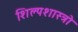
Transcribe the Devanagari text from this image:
शिल्पशास्त्रो